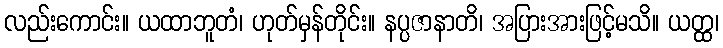
လည်းကောင်း။ ယထာဘူတံ၊ ဟုတ်မှန်တိုင်း။ နပ္ပဇာနာတိ၊ အပြားအားဖြင့်မသိ။ ယတ္ထ၊